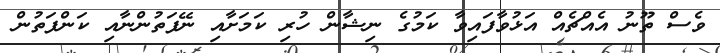
ވެސް ތޫނު އެއްޗެއް އަޅުވާފައިވާ ކަމުގެ ނިޝާން ހުރި ކަމަށާއި ނޭފަތުންނާއި ކަންފަތުން